Paatsalu_vallavalitsus, lk 5
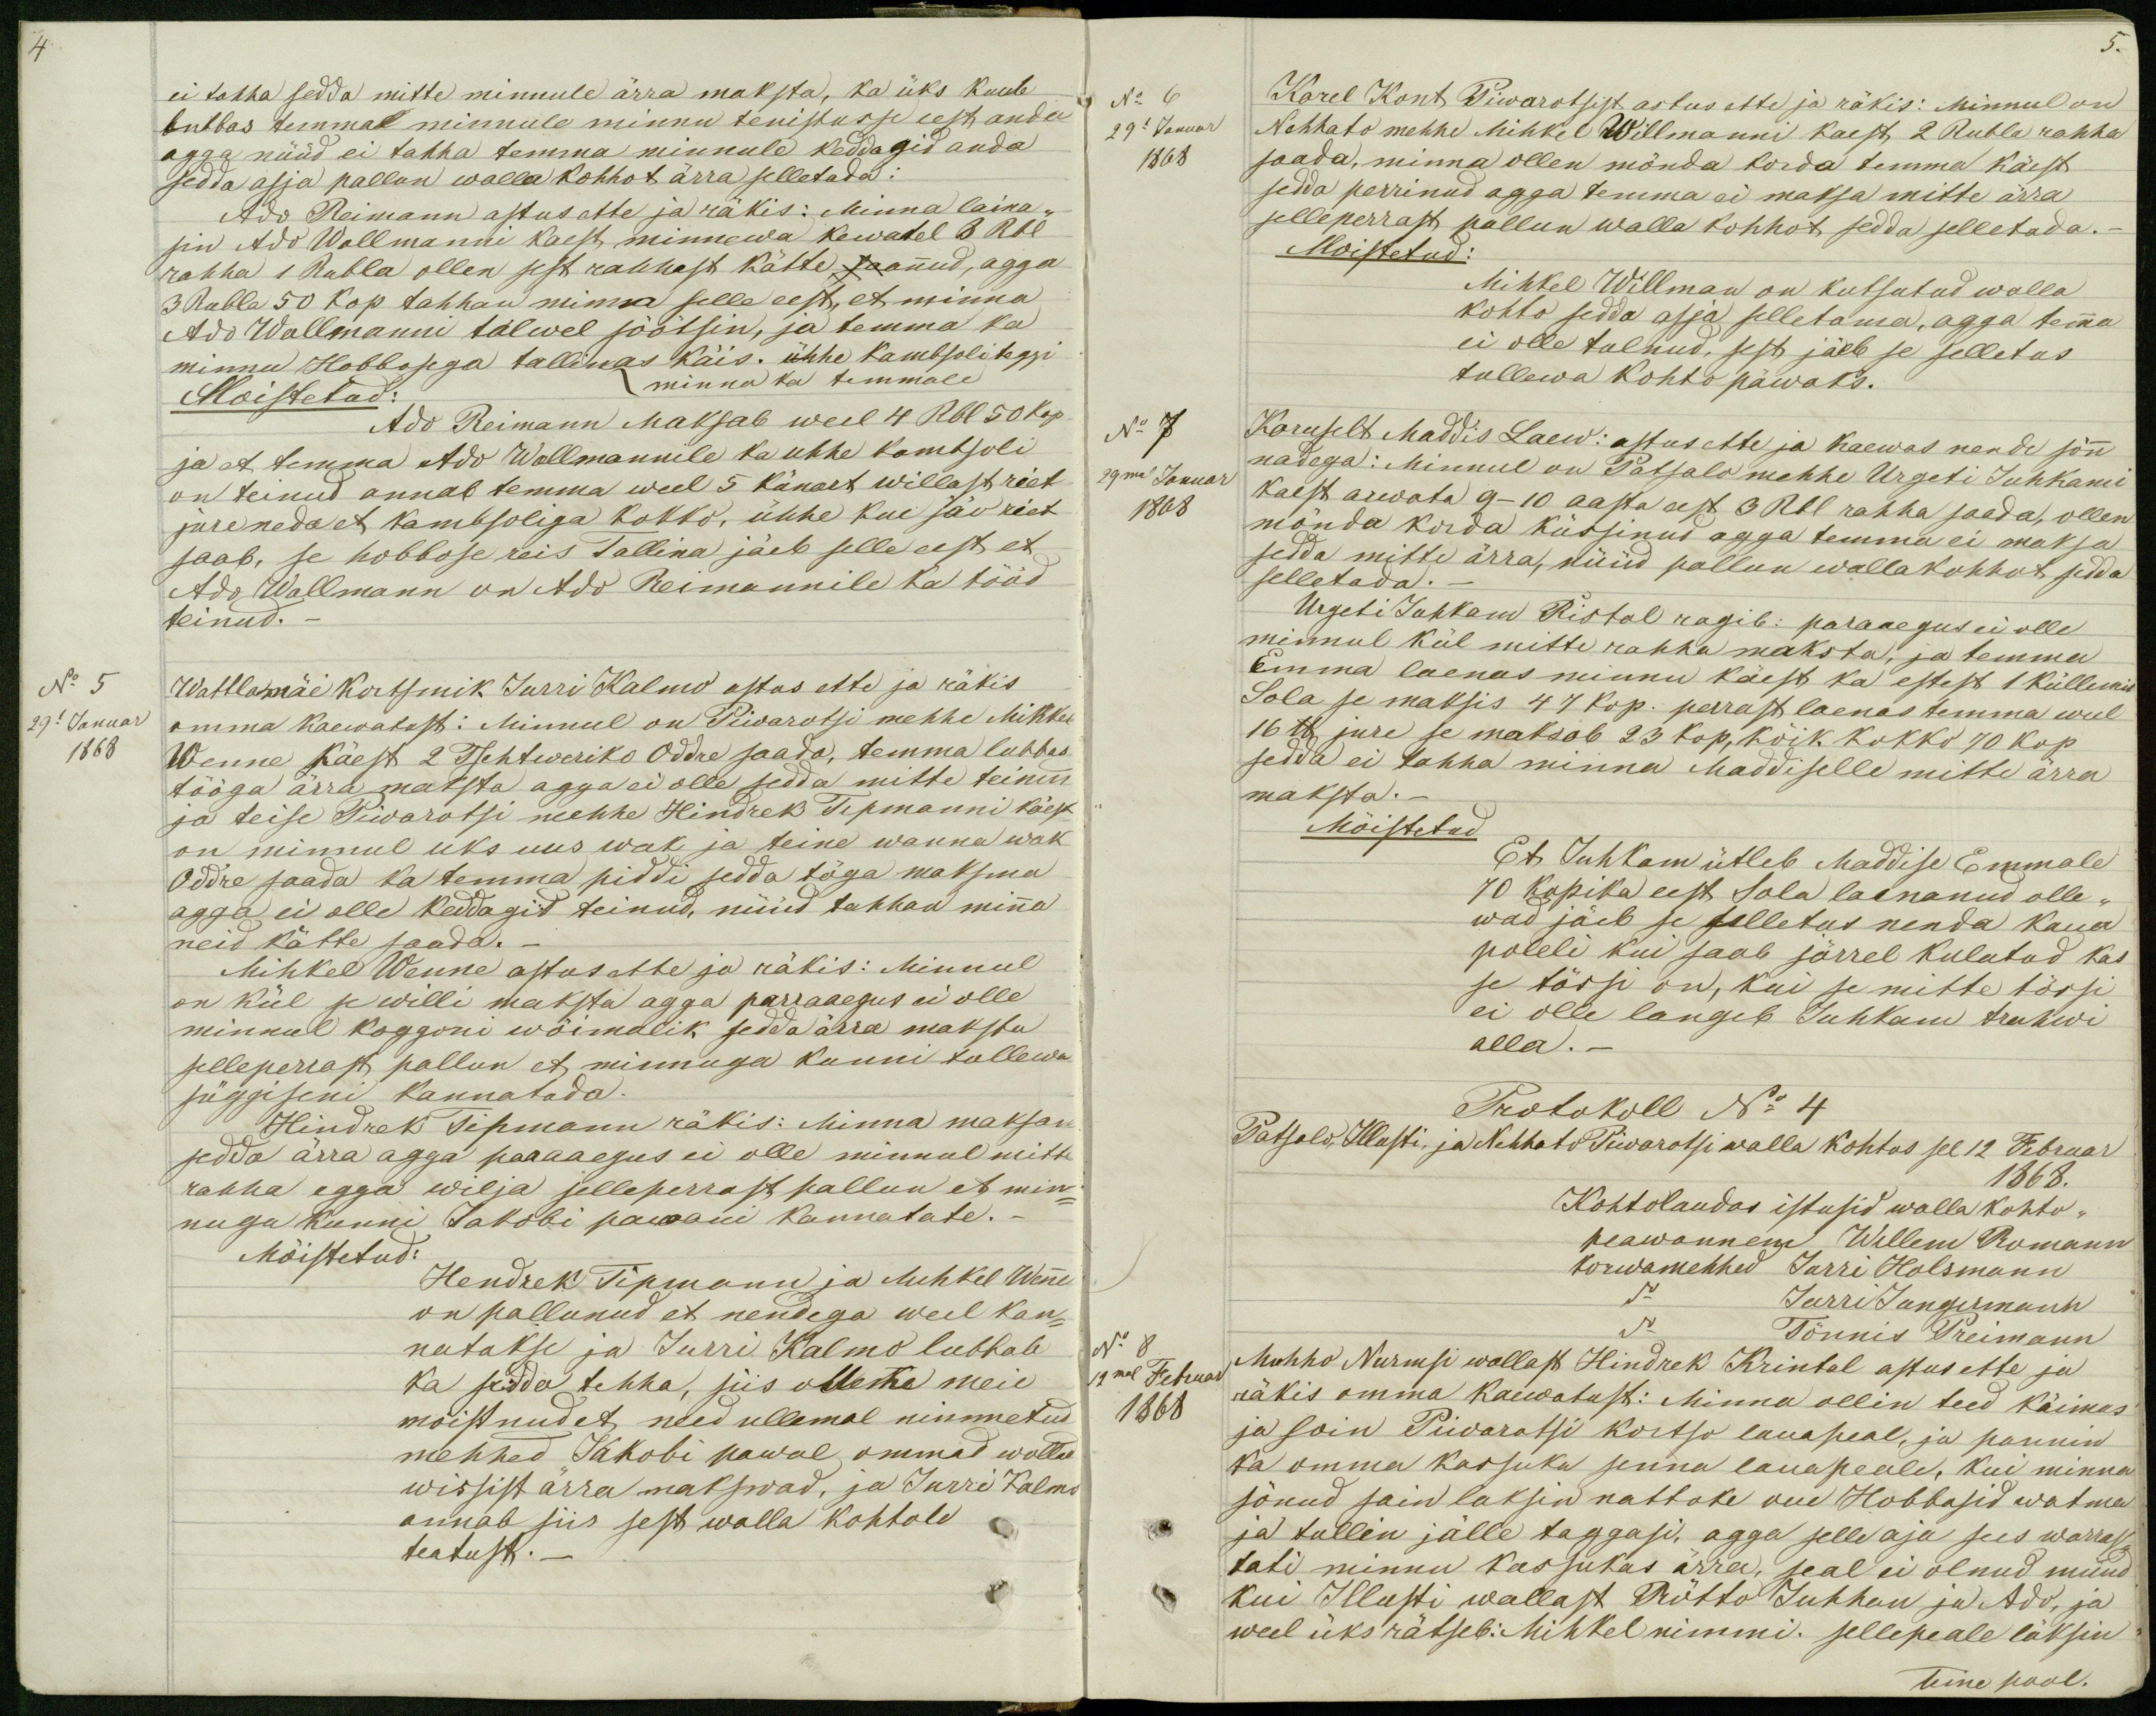
ei tahha sedda mitte minnule ärra maksta, ka üks kuub
lubbas temmal minnule minnu tenistusse eest anda
agga nüüd ei tahha temma minnule keddagid anda
sedda asja pallun walla kohhot ärra selletada:
Ado Reimann astus ette ja räkis: Minna laina-
sin Ado Wallmanni kaest minnewa kewatel 6 Rbl
rahha 1 Rubla ollen sest rahhast kätte saannud, agga
3 Rubla 50 kop tahhan minna selle eest, et minna
Ado Wallmanni talwel söötsin, ja temma ka
minnu Hobbosega tallinas käis. ühhe kambsoli teggi
Moistetud:
minna ka temmale
Ado Reimann Maksab weel 4 Rbl 50 kop
ja et temma Ado Wallmannile ka uhhe kambsoli
on teinud annab temma weel 5 künart willast riet
jure neda et kambsoliga kokko, ühhe kue jäo riet
saab, se hobbose reis Tallina jäeb selle eest et
Ado Wallmann on Ado Reimannile ka tööd
teinud. _
No 5
Wattlamäe Kortsmik Jurri Kalmo astus ette ja räkis
29l Januar
omma kaewatast: Minnul on Piwarotsi mehhe Mihkel
1868
Wenne käest 2 Tsehtweriko Oddre saada, temma lubbas
tööga ärra maksta agga ei olle sedda mitte teinud
ja teise Piwarotsi mehhe Hindrek Tepmanni käest
on minnul uks uus wak ja teine wanna wak
Oddre saada ka temma piddi sedda töga maksma
agga ei olle keddagid teinud, nüüd tahhan minna
neid kätte saada. _
Mihkel Wenne astus ette ja räkis: Minnul
on kül se willi maksta agga parraaegus ei olle
minnul koggoni wõimalik sedda ärra maksta
selleperrast pallun et minnuga kunni tullewa
süggiseni kannatada.
Hindrek Tepmann räkis: Minna maksan
sedda ärra agga paraaegus ei olle minnul mitte
rahha egga wilja selleperrast pallun et min-
nuga kunni Jakobi pawani kannatate. _
Mõistetud:
Hendrek Tipmann ja Mihkel Wenne
on pallunud et nendega weel kan-
natakse ja Jurri Kalmo lubbab
ka sedda tehha, siis olleme meie
mõistnud et need ullemal nimmetud
mehhed Jakobi pawal ommad wollad
wissist ärra makswad, ja Jurri Kalmo
annab siis sest walla kohtole
teatust. _

No 6
Karel Kont Piwarotsist astus ette ja räkis: Minnul on
29l Januar
Nehhato mehhe Mihkel Willmanni kaest 2 Rubla rahha
1868
saada, minna ollen mõnda korda temma käest
sedda perrinud agga temma ei maksa mitte ärra
selleperrast pallun walla kohhot sedda selletada.-
Moistetud:
Mihkel Willman on kutsutud walla
kohto sedda asja selletama, agga temma
ei olle tulnud, sest jäeb se selletus
tullewa kohto päwaks.
No 7
Koruselt Maddis Laew: astus ette ja kaewas nende sõnn
29mal Januar
nadega: Minnul on Patsalo mehhe Urgeti Juhkami
1808
kaest arwata 9-10 aasta sest 3 Rbl rahha saada, ollen
mõnda korda küssinud agga temma ei maksa
sedda mitte ärra, nüüd pallun walla kohhot sedda
selletada. _
Urgeti Juhkam Ristal ragib: paraaegus ei olle
minnul kül mitte rahha maksta, ja temma
Emma laenas minnu käest ka estest 1 küllemit
Sola se matsis 47 kop. perrast laenas temma weel
16 lb jure se maksab 23 kop. kõik kokko 70 kop
sedda ei tahha minna Maddiselle mitte ärra
maksta. _
Mõistetud
Et Juhkam ütleb Maddise Emmale
70 kopika eest Sola laenanud olle-
wad jäeb se selletus nenda kaua
poleli kui saab järrel kulatud kas
se tõssi on, kui se mitte tõssi
ei olle langeb Juhkam trahwi
alla. _
Protokoll No 4
Patsalo, Illusti, ja Nehhato Piwarotsi walla kohtos sel 12 Februar
1868.
Kohtolaudas istusid walla kohto-
peawannem Willem Romann
korwamehhed Jurri Holsmann
do Jurri Jungermann
No 8
do Tönnis Preimann
19mal Februar
Muhho Nurmsi wallast Hindrek Krintal astus ette ja
1868
räkis omma kaewatust: Minna ollin teed käimas
ja soin Piwarotsi kortso lauapeal, ja pannin
ka omma kassuka senna lauapeale, kui minna
sönud sain laksin nattoke oue Hobbasid watma
ja tullin jälle taggasi, agga selle aja sees warras-
tati minnu kassukas ärra, seal ei olnud muud
kui Illusti wallast Rötto Juhhan ja Ado, ja
weel üks rätseb: Mihkel nimmi. sellepeale läksin
Teine pool.